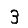
Digit: 3